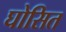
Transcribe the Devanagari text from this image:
घोसित